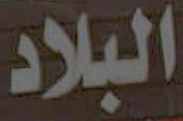
البلاد